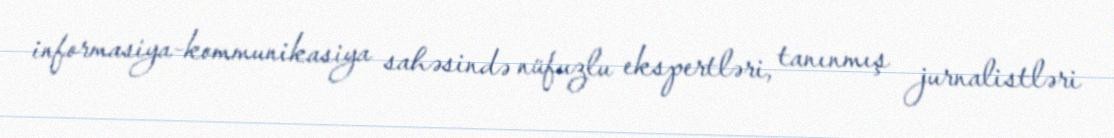
informasiya-kommunikasiya sahəsində nüfuzlu ekspertləri, tanınmış jurnalistləri